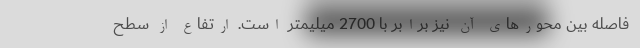
فاصله بین محورهای آن نیز برابر با 2700 میلیمتر است. ارتفاع از سطح